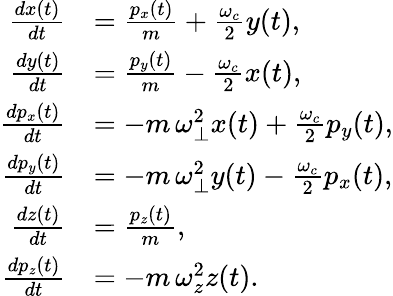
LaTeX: \begin{array}{rl}{\frac{dx(t)}{dt}}&{=\frac{p_{x}(t)}{m}+\frac{\omega_{c}}{2}y(t),}\\ {\frac{dy(t)}{dt}}&{=\frac{p_{y}(t)}{m}-\frac{\omega_{c}}{2}x(t),}\\ {\frac{dp_{x}(t)}{dt}}&{=-m\, \omega_{\perp}^{2}x(t)+\frac{\omega_{c}}{2}p_{y}(t),}\\ {\frac{dp_{y}(t)}{dt}}&{=-m\, \omega_{\perp}^{2}y(t)-\frac{\omega_{c}}{2}p_{x}(t),}\\ {\frac{dz(t)}{dt}}&{=\frac{p_{z}(t)}{m},}\\ {\frac{dp_{z}(t)}{dt}}&{=-m\, \omega_{z}^{2}z(t).}\end{array}